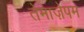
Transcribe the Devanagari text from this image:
तेमाज़ेपम